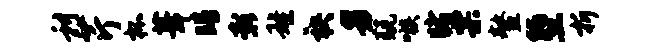
利芹杯葺睛彰雄袂男兢嗾睹票鳌堕折